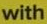
with